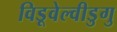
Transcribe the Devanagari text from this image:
विडूवेल्वीडुगु